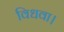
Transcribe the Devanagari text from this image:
विधवा।